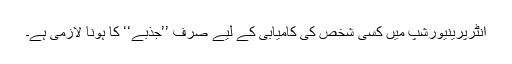
انٹرپرینیورشپ میں کسی شخص کی کامیابی کے لیے صرف ’’جذبے‘‘ کا ہونا لازمی ہے۔